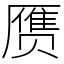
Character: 赝